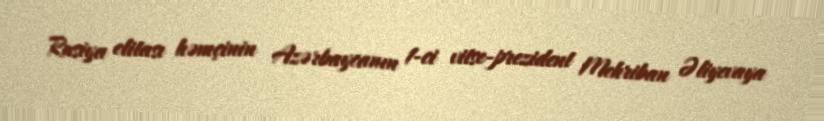
Rusiya elitası həmçinin Azərbaycanın 1-ci vitse-prezident Mehriban Əliyevaya